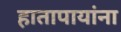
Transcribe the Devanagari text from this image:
हातापायांना